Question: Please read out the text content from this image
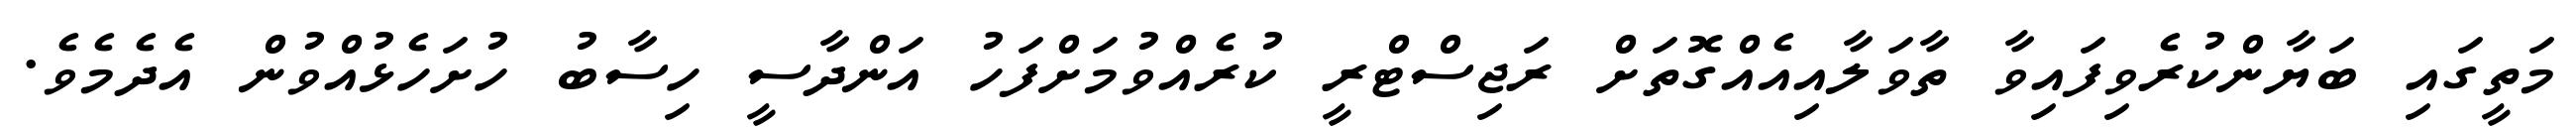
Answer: މަތީގައި ބަޔާންކުރެވިފައިވާ ތާވަލާއިއެއްގޮތަށް ރަޖިސްޓްރީ ކުރެއްވުމަށްފަހު އަންދާސީ ހިސާބު ހުށަހެޅުއްވުން އެދެމެވެ.